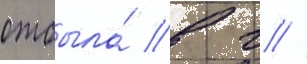
отбыла́ в г //